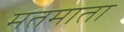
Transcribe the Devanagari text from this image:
मतमाता